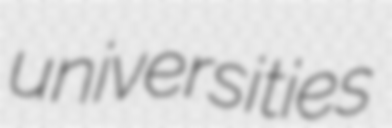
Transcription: universities